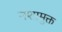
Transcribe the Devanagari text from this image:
नशामुक्त